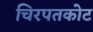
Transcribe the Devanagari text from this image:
चिरपतकोट